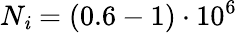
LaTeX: N_{\mathit{i}}=(0.6-1)\cdot10^{6}